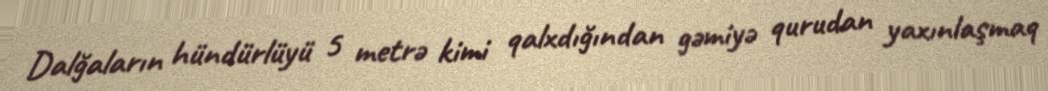
Dalğaların hündürlüyü 5 metrə kimi qalxdığından gəmiyə qurudan yaxınlaşmaq